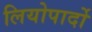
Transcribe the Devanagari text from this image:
लियोपार्दो